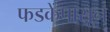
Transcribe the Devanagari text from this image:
फडकेंपासून